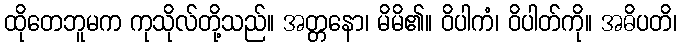
ထိုတေဘူမက ကုသိုလ်တို့သည်။ အတ္တနော၊ မိမိ၏။ ဝိပါကံ၊ ဝိပါတ်ကို။ အဓိပတိ၊